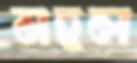
মহল